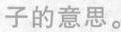
子的意思。